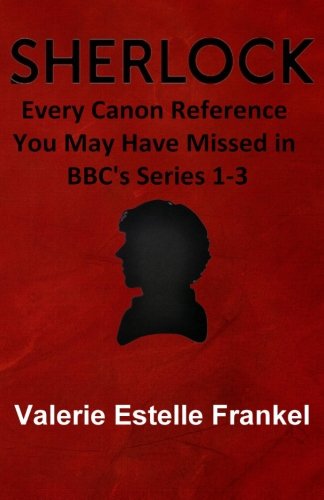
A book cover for Sherlock: Every Canon Reference You May Have Missed in BBC's Series 1-3; Valerie Estelle Frankel; Humor & Entertainment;